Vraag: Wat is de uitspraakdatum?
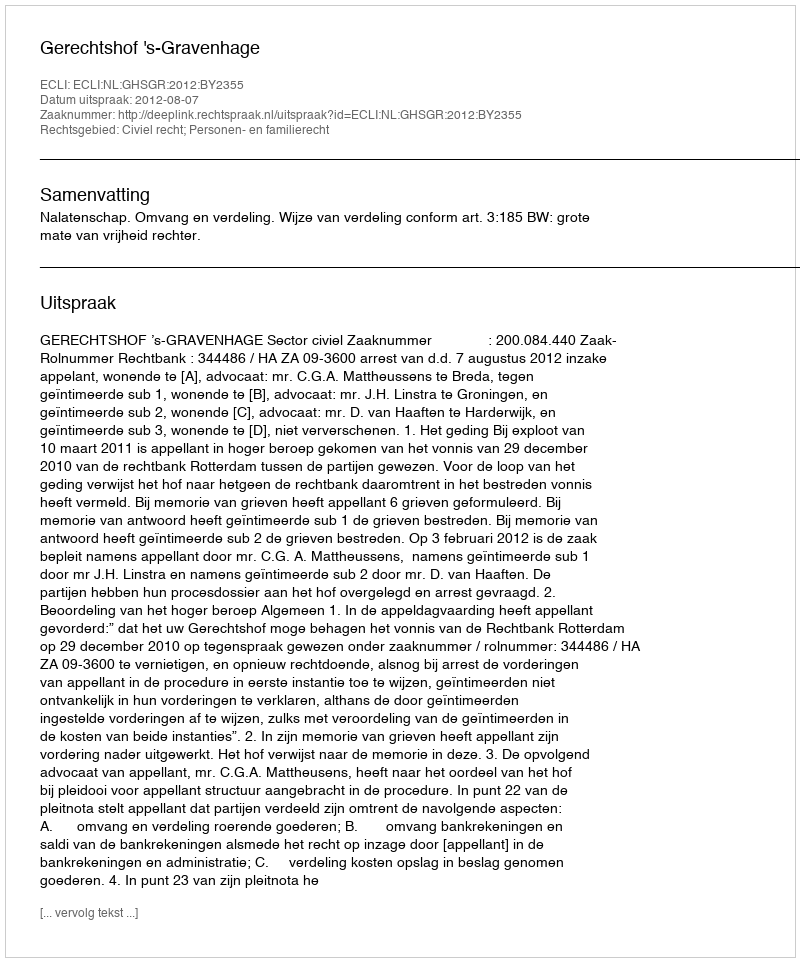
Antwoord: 2012-08-07